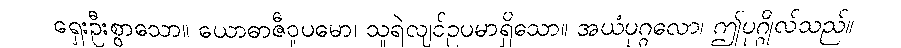
ရှေးဦးစွာသော။ ယောဓာဇီဝူပမော၊ သူရဲလျင်ဥပမာရှိသော။ အယံပုဂ္ဂလော၊ ဤပုဂ္ဂိုလ်သည်။